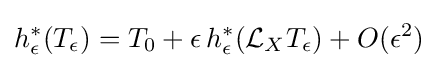
h_{\epsilon }^{*}(T_{\epsilon })=T_{0}+\epsilon \,h_{\epsilon }^{*}({\mathcal {L}}_{X}T_{\epsilon })+O(\epsilon ^{2})